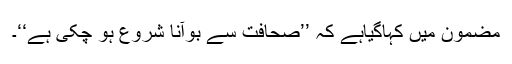
مضمون میں کہاگیاہے کہ ’’صحافت سے بوآنا شروع ہو چکی ہے‘‘۔